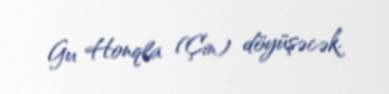
Gu Honqla (Çin) döyüşəcək.